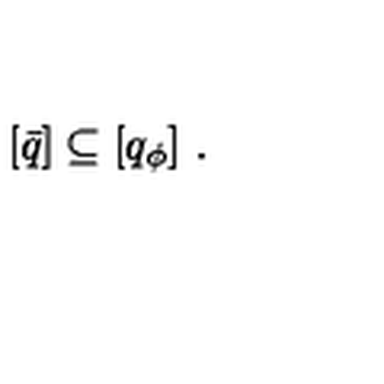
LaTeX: [ \bar { q } ] \subseteq [ q _ { \phi } ] \ .